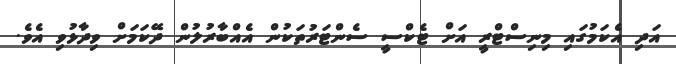
އަދި އެކަމުގައި މިނިސްޓްރީ އަށް ޓެކްސީ ސެންޓަރުތަކުން އެއްބާރުލުން ދޭކަމަށް ވިދާޅުވި އެވެ.